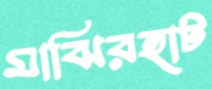
মাঝিরহাট